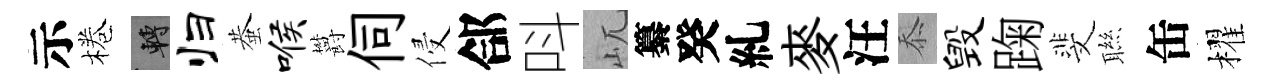
示棬轉归蛬喉欝伺侵郃呌屼纂癸糺麥汪忝毁踘斐聮缶櫂